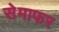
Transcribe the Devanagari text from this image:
सेमाफर